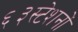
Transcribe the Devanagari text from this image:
६३स्टेशनों